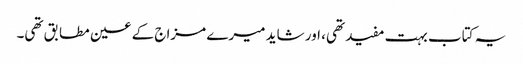
یہ کتاب بہت مفید تھی، اور شاید میرے مزاج کے عین مطابق تھی۔